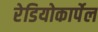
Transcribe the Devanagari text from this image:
रेडियोकार्पेल